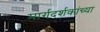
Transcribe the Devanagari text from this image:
मार्गदर्शकांच्या